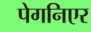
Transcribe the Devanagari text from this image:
पेगनिएर